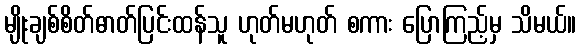
မျိုးချစ်စိတ်ဓာတ်ပြင်းထန်သူ ဟုတ်မဟုတ် စကား ပြောကြည့်မှ သိမယ်။